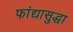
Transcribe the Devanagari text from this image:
फांद्यासुद्धा